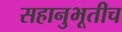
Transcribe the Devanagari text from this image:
सहानुभूतीच